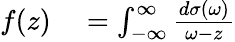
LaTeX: \begin{array}{rl}{f(z)}&{{}=\int_{-\infty}^{\infty}\frac{d\sigma(\omega)}{\omega-z}}\end{array}